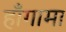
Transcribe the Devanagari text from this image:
हाँगामा